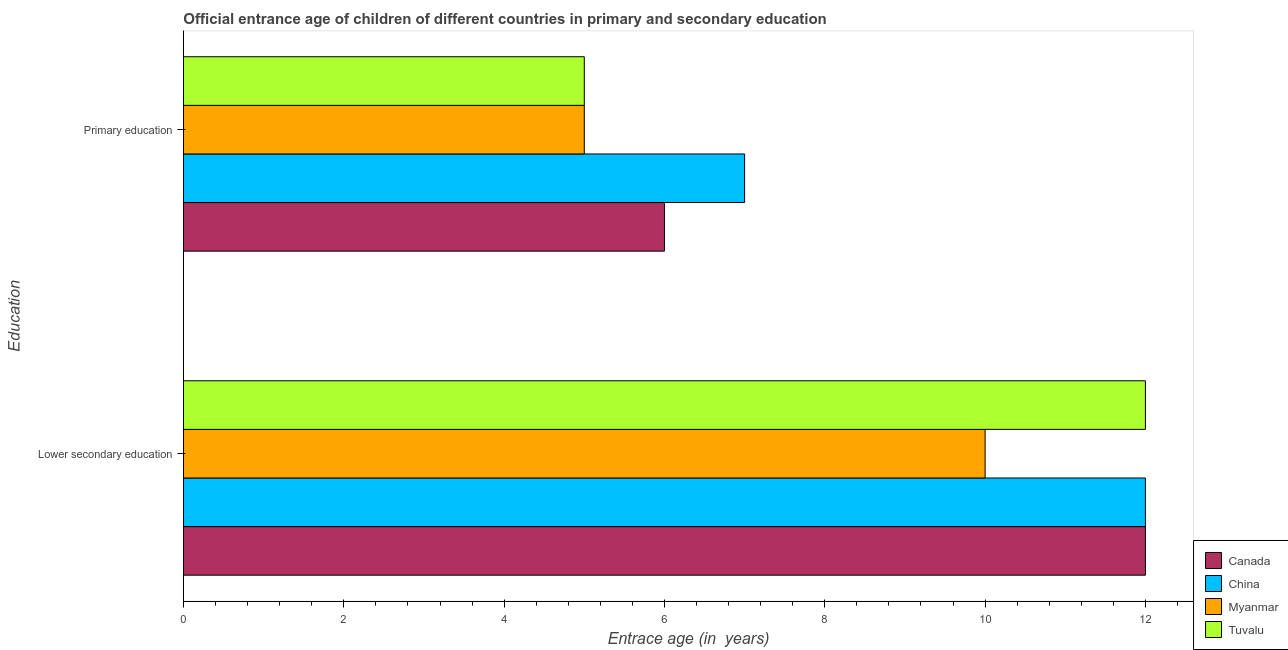
| Education | Canada | China | Myanmar | Tuvalu |
 | --- | --- | --- | --- | --- |
 | Lower secondary education | 12 | 12 | 10 | 12 |
 | Primary education | 6 | 7 | 5 | 5 |